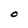
Character: O